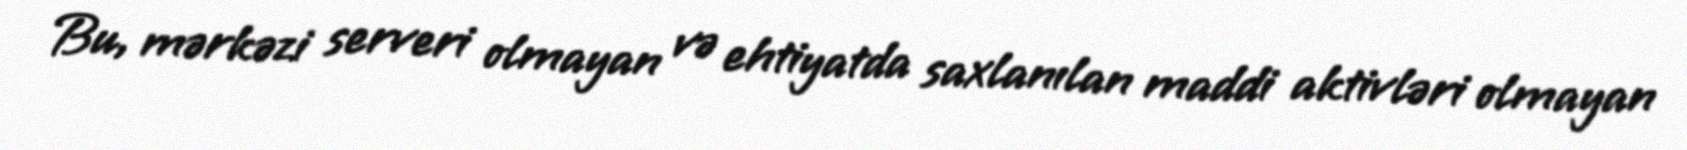
Bu, mərkəzi serveri olmayan və ehtiyatda saxlanılan maddi aktivləri olmayan